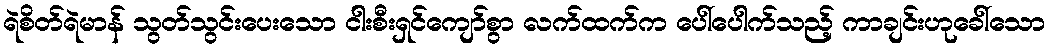
ရဲစိတ်ရဲမာန် သွတ်သွင်းပေးသော ငါးစီးရှင်ကျော်စွာ လက်ထက်က ပေါ်ပေါက်သည့် ကာချင်းဟုခေါ်သော